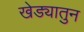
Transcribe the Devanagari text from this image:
खेड्यातुन